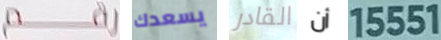
رقم يسعدك القادر أن 15551